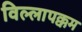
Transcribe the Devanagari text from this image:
विल्लापक्कम